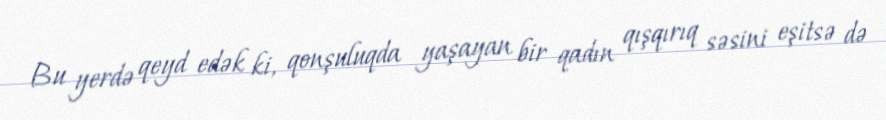
Bu yerdə qeyd edək ki, qonşuluqda yaşayan bir qadın qışqırıq səsini eşitsə də